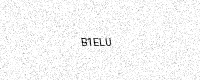
Text: B1ELU